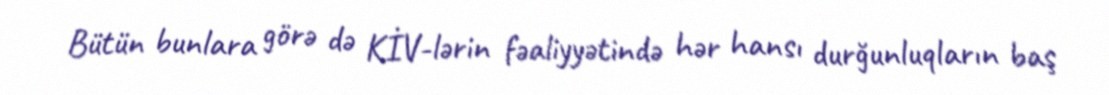
Bütün bunlara görə də KİV-lərin fəaliyyətində hər hansı durğunluqların baş